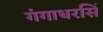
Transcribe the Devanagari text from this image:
गंगाधरसिं